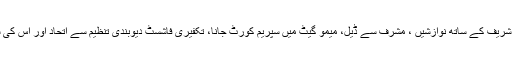
وہ سعودی عرب کی نواز شریف کے ساتھ نوازشیں ، مشرف سے ڈیل، میمو گیٹ میں سپریم کورٹ جانا، تکفیری فاشسٹ دیوبندی تنظیم سے اتحاد اور اس کی سرپرستی سب بھول گئے۔